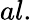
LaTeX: al.